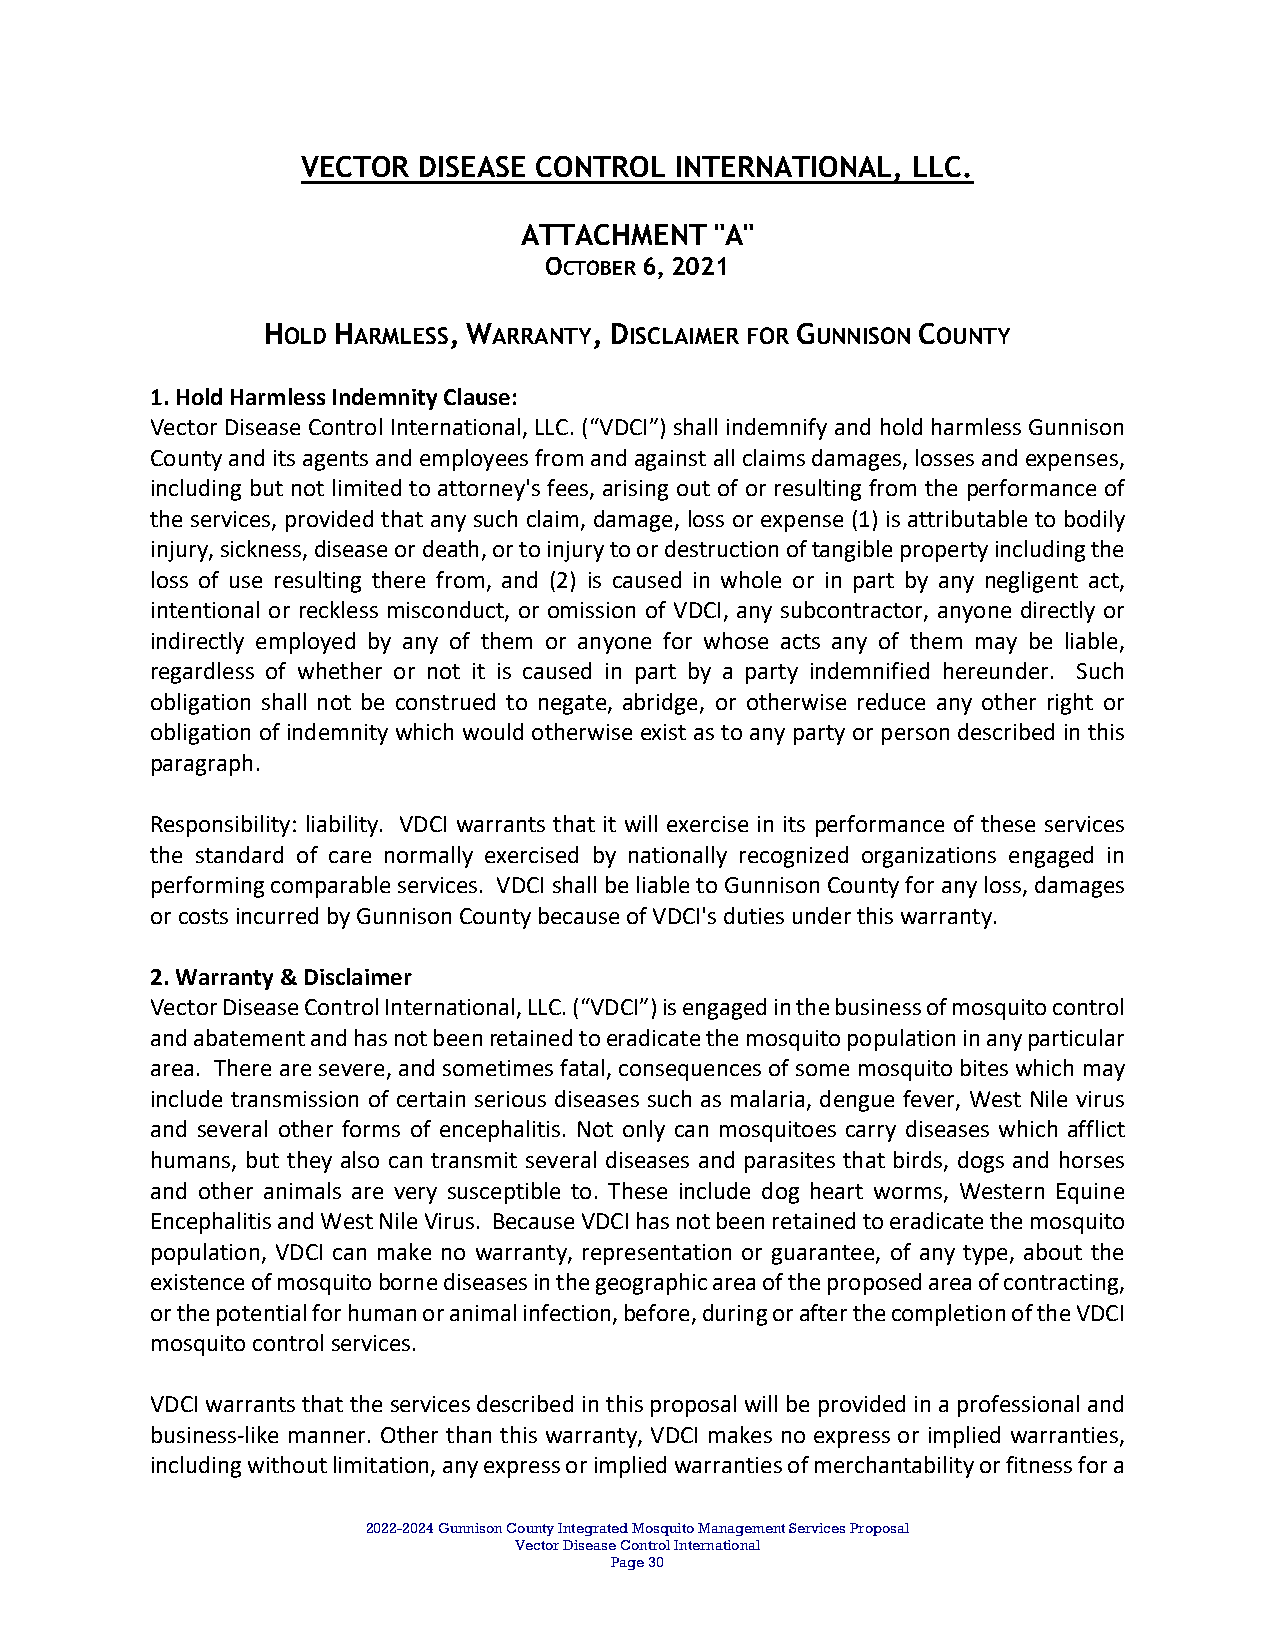
VECTOR  DISEASE CONTROL  INTERNATIONAL, LLC.
 ATTACHMENT  "A"
 OCTOBER 6, 2021
 HOLD HARMLESS, WARRANTY, DISCLAIMER FOR GUNNISON COUNTY
 1. Hold Harmless Indemnity Clause:
 Vector Disease Control International, LLC. (“VDCI”) shall indemnify and hold harmless Gunnison
 County and its agents and employees from and against all claims damages, losses and expenses,
 including but not limited to attorney's fees, arising out of or resulting from the performance of
 the services, provided that any such claim, damage, loss or expense (1) is attributable to bodily
 injury, sickness, disease or death, or to injury to or destruction of tangible property including the
 loss of use resulting there from, and (2) is caused in whole or in part by any negligent act,
 intentional or reckless misconduct, or omission of VDCI, any subcontractor, anyone directly or
 indirectly employed by any of them or anyone for whose acts any of them may be liable,
 regardless of whether or not it is caused in part by a party indemnified hereunder. Such
 obligation shall not be construed to negate, abridge, or otherwise reduce any other right or
 obligation of indemnity which would otherwise exist as to any party or person described in this
 paragraph.
 Responsibility: liability. VDCI warrants that it will exercise in its performance of these services
 the standard of care normally exercised by nationally recognized organizations engaged in
 performing comparable services. VDCI shall be liable to Gunnison County for any loss, damages
 or costs incurred by Gunnison County because of VDCI's duties under this warranty.
 2. Warranty & Disclaimer
 Vector Disease Control International, LLC. (“VDCI”) is engaged in the business of mosquito control
 and abatement and has not been retained to eradicate the mosquito population in any particular
 area. There are severe, and sometimes fatal, consequences of some mosquito bites which may
 include transmission of certain serious diseases such as malaria, dengue fever, West Nile virus
 and several other forms of encephalitis. Not only can mosquitoes carry diseases which afflict
 humans, but they also can transmit several diseases and parasites that birds, dogs and horses
 and other animals are very susceptible to. These include dog heart worms, Western Equine
 Encephalitis and West Nile Virus. Because VDCI has not been retained to eradicate the mosquito
 population, VDCI can make no warranty, representation or guarantee, of any type, about the
 existence of mosquito borne diseases in the geographic area of the proposed area of contracting,
 or the potential for human or animal infection, before, during or after the completion of the VDCI
 mosquito control services.
 VDCI warrants that the services described in this proposal will be provided in a professional and
 business‐like manner. Other than this warranty, VDCI makes no express or implied warranties,
 including without limitation, any express or implied warranties of merchantability or fitness for a
 2022-2024 Gunnison County Integrated Mosquito Management Services Proposal
 Vector Disease Control International
 Page 30